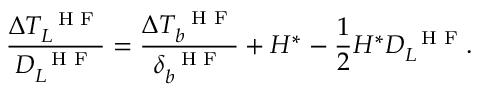
\frac { \Delta T _ { L } ^ { \mathrm { ~ \scriptsize ~ H ~ F ~ } } } { D _ { L } ^ { \mathrm { ~ \scriptsize ~ H ~ F ~ } } } = \frac { \Delta T _ { b } ^ { \mathrm { ~ \scriptsize ~ H ~ F ~ } } } { \delta _ { b } ^ { \mathrm { ~ \scriptsize ~ H ~ F ~ } } } + H ^ { * } - \frac { 1 } { 2 } H ^ { * } D _ { L } ^ { \mathrm { ~ \scriptsize ~ H ~ F ~ } } .